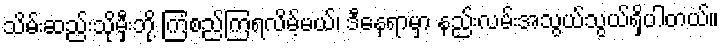
သိမ်းဆည်းသိုမှီးဘို့ ကြံစည်ကြရလိမ့်မယ်၊ ဒီနေရာမှာ နည်းလမ်းအသွယ်သွယ်ရှိပါတယ်။